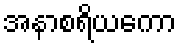
အနာစရိယကော